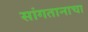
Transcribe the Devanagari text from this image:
सांगतानाचा